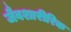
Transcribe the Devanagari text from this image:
जैवशारीरिक